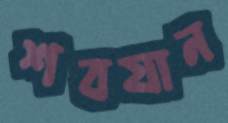
শবযান